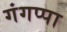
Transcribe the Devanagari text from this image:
गंगप्पा